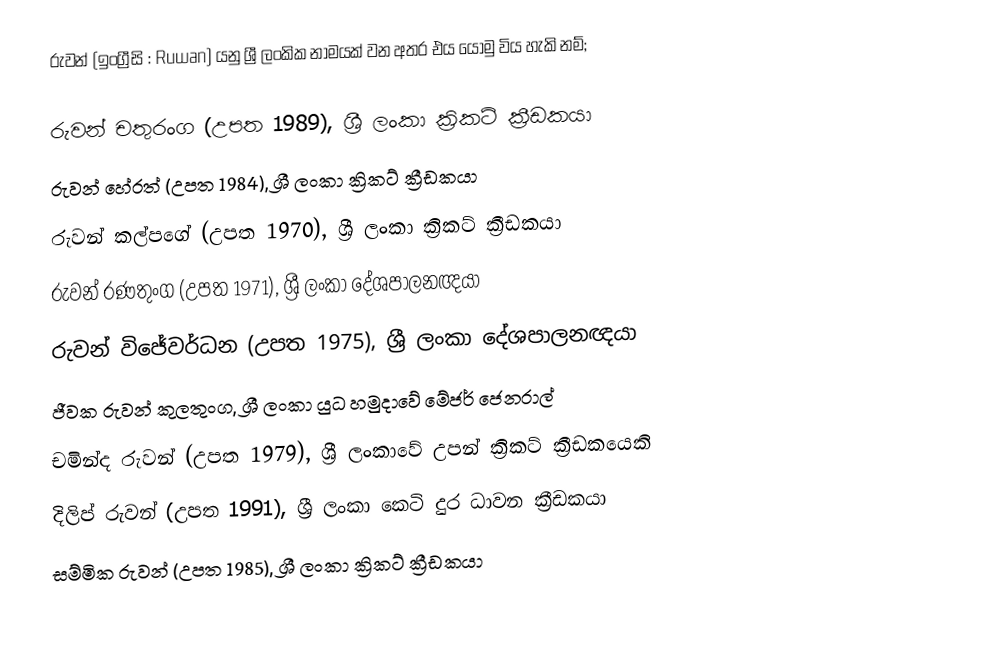
රුවන් (ඉංග්‍රීසි : Ruwan) යනු ශ්‍රී ලංකික නාමයක් වන අතර එය යොමු විය හැකි නම්;

 රුවන් චතුරංග (උපත 1989), ශ්‍රී ලංකා ක්‍රිකට් ක්‍රීඩකයා
 රුවන් හේරත් (උපත 1984), ශ්‍රී ලංකා ක්‍රිකට් ක්‍රීඩකයා
 රුවන් කල්පගේ (උපත 1970), ශ්‍රී ලංකා ක්‍රිකට් ක්‍රීඩකයා
 රුවන් රණතුංග (උපත 1971), ශ්‍රී ලංකා දේශපාලනඥයා
 රුවන් විජේවර්ධන (උපත 1975), ශ්‍රී ලංකා දේශපාලනඥයා
 ජීවක රුවන් කුලතුංග, ශ්‍රී ලංකා යුධ හමුදාවේ මේජර් ජෙනරාල්
 චමින්ද රුවන් (උපත 1979), ශ්‍රී ලංකාවේ උපන් ක්‍රිකට් ක්‍රීඩකයෙකි
 දිලිප් රුවන් (උපත 1991), ශ්‍රී ලංකා කෙටි දුර ධාවන ක්‍රීඩකයා
 සම්මික රුවන් (උපත 1985), ශ්‍රී ලංකා ක්‍රිකට් ක්‍රීඩකයා